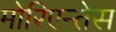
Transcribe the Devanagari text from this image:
मोरिएन्तेस